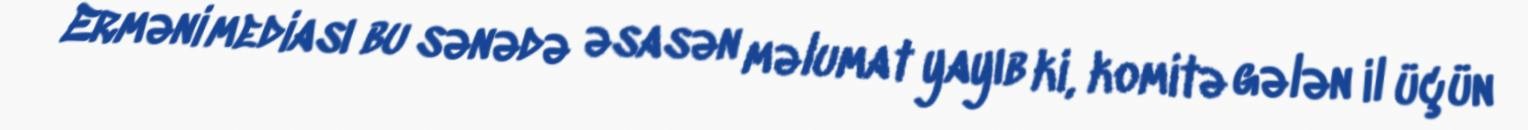
Erməni mediası bu sənədə əsasən məlumat yayıb ki, komitə gələn il üçün